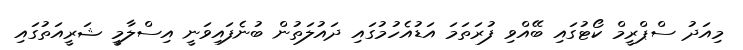
މިއަދު ސްޕްރީމް ކޯޓުގައި ބޭއްވި ފުރަތަަމަ އަޑުއެހުމުގައި ދައުލަތުން ބުނެފައިވަނީ އިސްލާމީ ޝަރީއަތުގައި